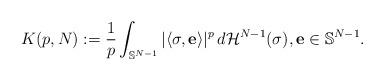
LaTeX: \begin{align*}K(p,N):=\frac{1}{p}\int_{\mathbb{S}^{N-1}}|\langle \sigma,\mathbf{e}\rangle|^p\, d\mathcal{H}^{N-1}(\sigma),\mathbf{e}\in \mathbb{S}^{N-1}.\end{align*}